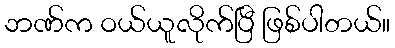
ဘဏ်က ဝယ်ယူလိုက်ပြီ ဖြစ်ပါတယ်။